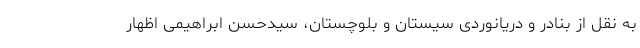
به نقل از بنادر و دریانوردی سیستان و بلوچستان، سیدحسن ابراهیمی اظهار